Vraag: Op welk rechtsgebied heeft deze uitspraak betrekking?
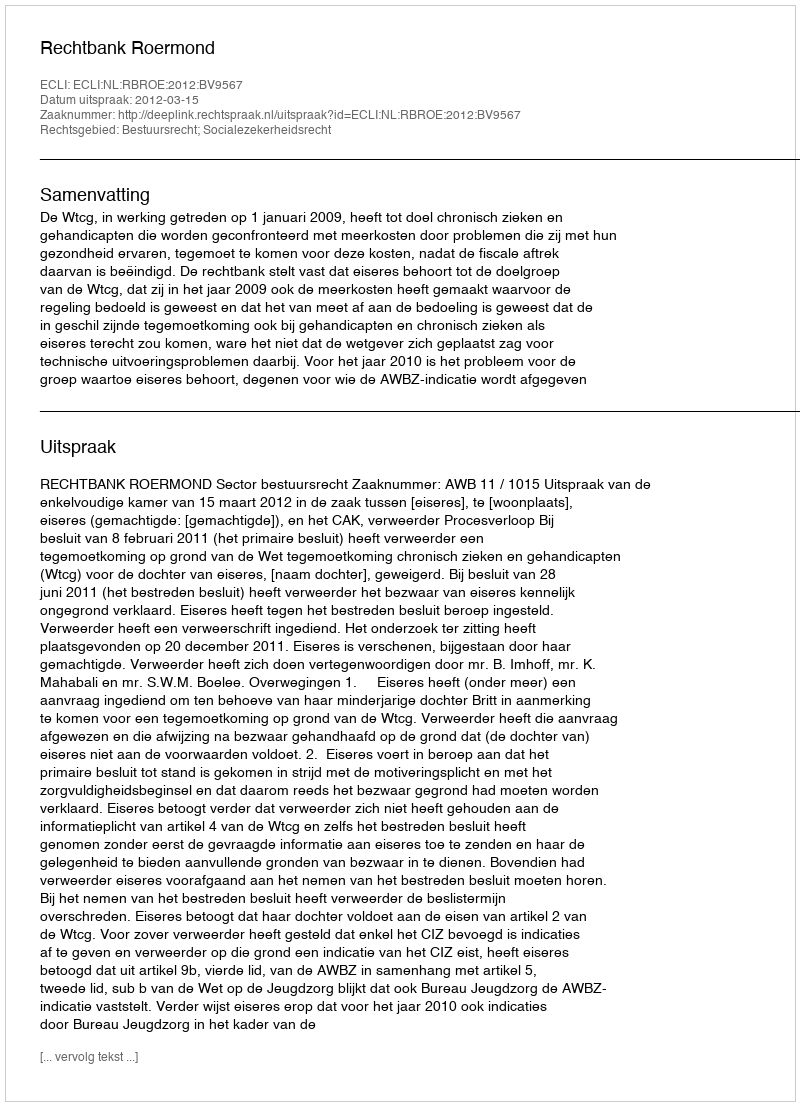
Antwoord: Bestuursrecht; Socialezekerheidsrecht